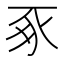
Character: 豖